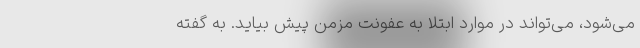
می‌شود، می‌تواند در موارد ابتلا به عفونت مزمن پیش بیاید. به گفته